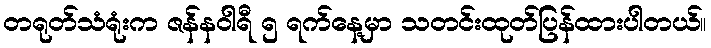
တရုတ်သံရုံးက ဇန်နဝါရီ ၅ ရက်နေ့မှာ သတင်းထုတ်ပြန်ထားပါတယ်။